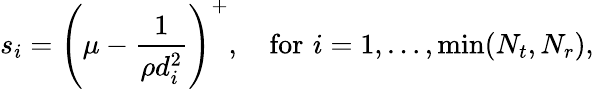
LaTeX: s_{i}=\left(\mu-{\frac{1}{\rho d_{i}^{2}}}\right)^{+},\quad{\textrm{for}}\, \, i=1,\ldots,\operatorname*{min}(N_{t},N_{r}),